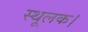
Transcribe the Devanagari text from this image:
स्थूलक।